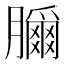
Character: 𦢣